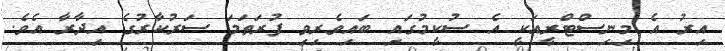
އިރު އެ މިނިސްޓްރީއަކީ އެ ސުކީމުގައި ބައިވެރިވި ފުރަތަމަ ސަރުކާރުގެ އިދާރާ އެވެ.